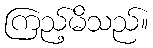
ကြည့်မိသည်။